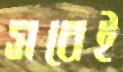
সবেই